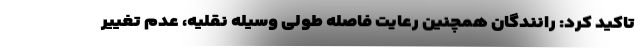
تاکید کرد: رانندگان همچنین رعایت فاصله طولی وسیله نقلیه، عدم تغییر